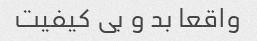
واقعا بد و بی کیفیت